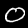
Label: 0